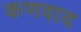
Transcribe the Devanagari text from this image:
कणवाद